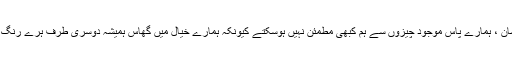
بحیثیت انسان ، ہمارے پاس موجود چیزوں سے ہم کبھی مطمئن نہیں ہوسکتے کیونکہ ہمارے خیال میں گھاس ہمیشہ دوسری طرف ہرے رنگ رہتی ہے۔